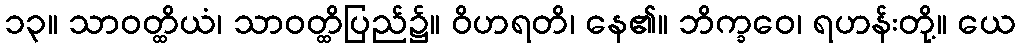
၁၃။ သာဝတ္ထိယံ၊ သာဝတ္ထိပြည်၌။ ဝိဟရတိ၊ နေ၏။ ဘိက္ခဝေ၊ ရဟန်းတို့။ ယေ